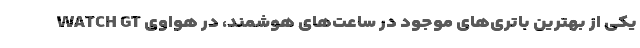
یکی از بهترین باتری‌های موجود در ساعت‌های هوشمند، در هواوی WATCH GT